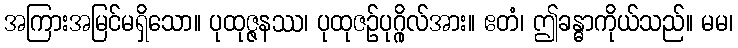
အကြားအမြင်မရှိသော။ ပုထုဇ္ဇနဿ၊ ပုထုဇဉ်ပုဂ္ဂိုလ်အား။ ဧတံ၊ ဤခန္ဓာကိုယ်သည်။ မမ၊